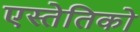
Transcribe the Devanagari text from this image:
एस्तेतिको